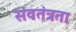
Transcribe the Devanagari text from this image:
संवतंत्रता